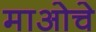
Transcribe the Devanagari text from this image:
माओचे